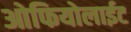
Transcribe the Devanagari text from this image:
ओफियोलाईट